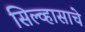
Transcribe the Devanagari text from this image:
सिल्व्हासाचे